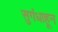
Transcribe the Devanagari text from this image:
सुगंधाहून